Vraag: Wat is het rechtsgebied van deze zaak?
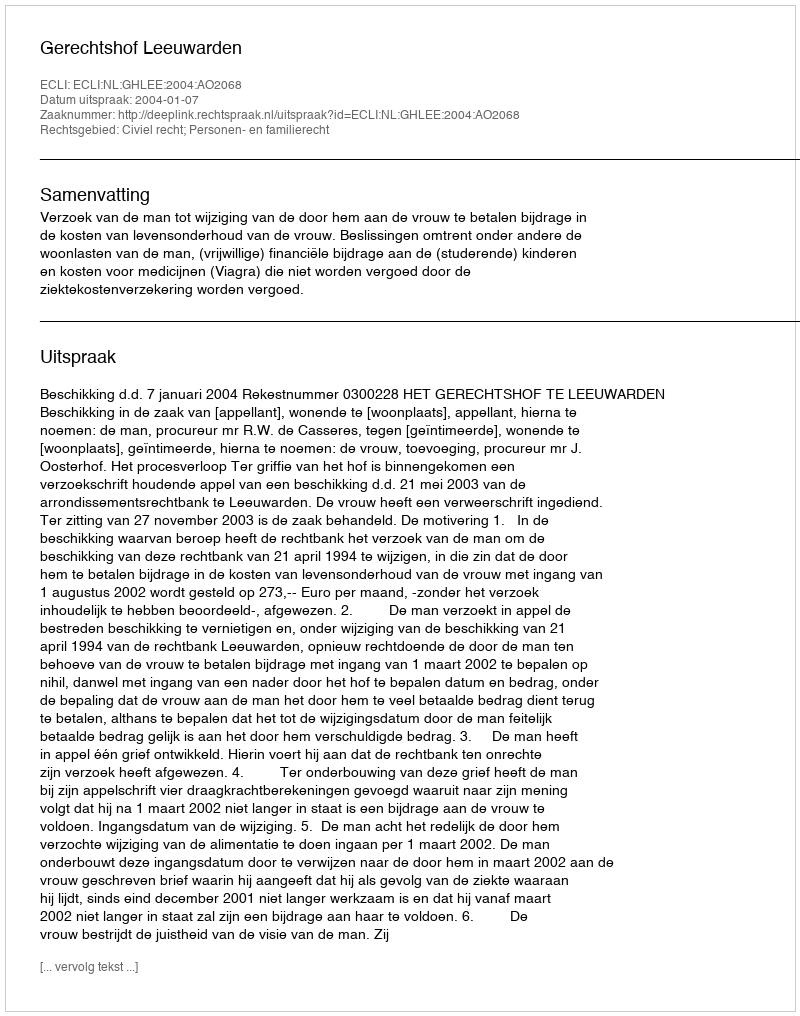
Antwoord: Civiel recht; Personen- en familierecht